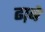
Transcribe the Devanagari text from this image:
ढा़बे